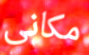
مكانى